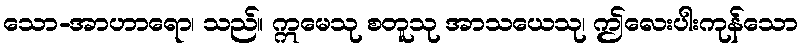
သော-အာဟာရော၊ သည်။ ဣမေသု စတူသု အာသယေသု၊ ဤလေးပါးကုန်သော